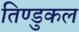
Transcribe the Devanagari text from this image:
तिण्डुकल